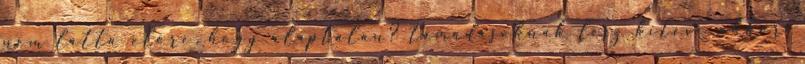
nem látta előre, hogy alaptalan? támadásoknak lesz kitéve akkor,